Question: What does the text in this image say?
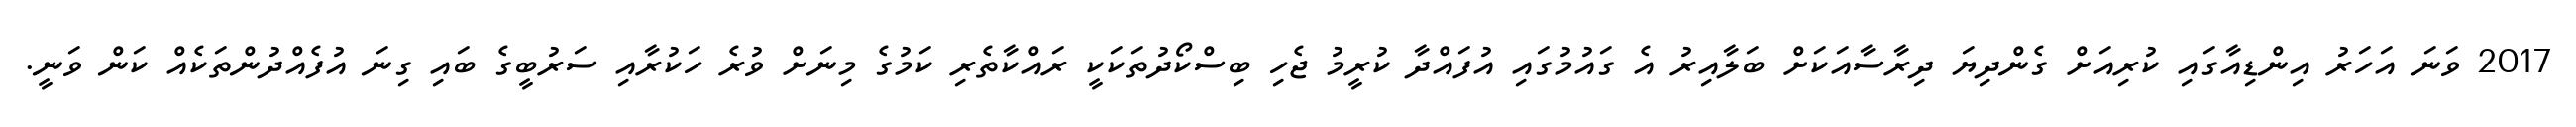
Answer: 2017 ވަނަ އަހަރު އިންޑިއާގައި ކުރިއަށް ގެންދިޔަ ދިރާސާއަކަށް ބަލާއިރު އެ ގައުމުގައި އުފައްދާ ކުރީމު ޖެހި ބިސްކޯދުތަކަކީ ރައްކާތެރި ކަމުގެ މިނަށް ވުރެ ހަކުރާއި ސަރުބީގެ ބައި ގިނަ އުފެއްދުންތަކެއް ކަން ވަނީ.